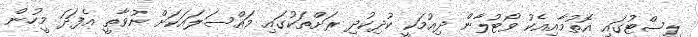
ލިސްޓުގައި އޮތުމާއިއެކު ވޯޓުލާން ދިއުމަކީ ކުދިކުދި ރަށްތަކުގައި މައްސަލައަކަށް ނުވާތީ އެފަދަ މީހުން